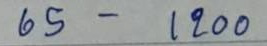
65 - 1200